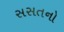
સસતનો